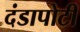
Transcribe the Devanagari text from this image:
दंडापोटी